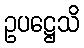
ဥပဋ္ဌေသိ